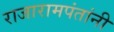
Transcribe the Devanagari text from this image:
राजारामपंतांनी